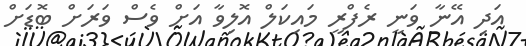
އަދި އޭނާ ވަނީ ރެފްރީ މައިކަލް އޮލިވާ އަށް ވެސް ވަރަށް ބޮޑަށް